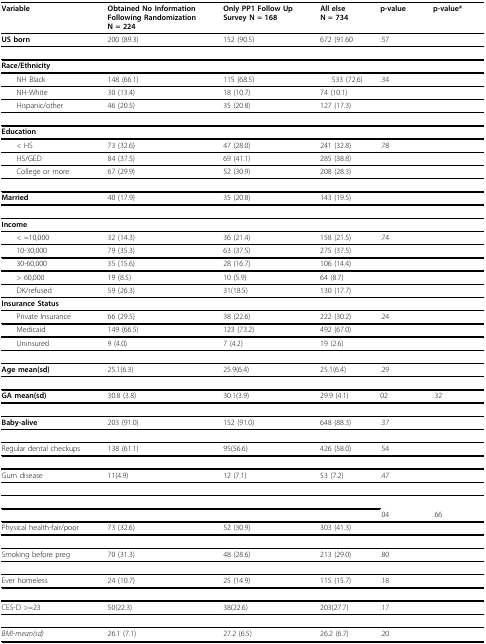
<table><thead><tr><td><b>Variable</b></td><td><b>Obtained No InformationFollowing RandomizationN = 224</b></td><td><b>Only PP1 Follow UpSurvey N = 168</b></td><td><b>All elseN = 734</b></td><td><b>p-value</b></td><td><b>p-value*</b></td></tr></thead><tbody><tr><td><b>US born</b></td><td>200 (89.3)</td><td>152 (90.5)</td><td>672 (91.60</td><td>.57</td><td></td></tr><tr><td><b>Race/Ethnicity</b></td><td></td><td></td><td></td><td></td><td></td></tr><tr><td> NH Black</td><td>148 (66.1)</td><td>115 (68.5)</td><td>533 (72.6)</td><td>.34</td><td></td></tr><tr><td> NH-White</td><td>30 (13.4)</td><td>18 (10.7)</td><td>74 (10.1)</td><td></td><td></td></tr><tr><td> Hispanic/other</td><td>46 (20.5)</td><td>35 (20.8)</td><td>127 (17.3)</td><td></td><td></td></tr><tr><td><b>Education</b></td><td></td><td></td><td></td><td></td><td></td></tr><tr><td> &lt; HS</td><td>73 (32.6)</td><td>47 (28.0)</td><td>241 (32.8)</td><td>.78</td><td></td></tr><tr><td> HS/GED</td><td>84 (37.5)</td><td>69 (41.1)</td><td>285 (38.8)</td><td></td><td></td></tr><tr><td> College or more</td><td>67 (29.9)</td><td>52 (30.9)</td><td>208 (28.3)</td><td></td><td></td></tr><tr><td><b>Married</b></td><td>40 (17.9)</td><td>35 (20.8)</td><td>143 (19.5)</td><td></td><td></td></tr><tr><td><b>Income</b></td><td></td><td></td><td></td><td></td><td></td></tr><tr><td> &lt; =10,000</td><td>32 (14.3)</td><td>36 (21.4)</td><td>158 (21.5)</td><td>.74</td><td></td></tr><tr><td> 10-30,000</td><td>79 (35.3)</td><td>63 (37.5)</td><td>275 (37.5)</td><td></td><td></td></tr><tr><td> 30-60,000</td><td>35 (15.6)</td><td>28 (16.7)</td><td>106 (14.4)</td><td></td><td></td></tr><tr><td> &gt; 60,000</td><td>19 (8.5)</td><td>10 (5.9)</td><td>64 (8.7)</td><td></td><td></td></tr><tr><td> DK/refused</td><td>59 (26.3)</td><td>31(18.5)</td><td>130 (17.7)</td><td></td><td></td></tr><tr><td><b>Insurance Status</b></td><td></td><td></td><td></td><td></td><td></td></tr><tr><td> Private Insurance</td><td>66 (29.5)</td><td>38 (22.6)</td><td>222 (30.2)</td><td>.24</td><td></td></tr><tr><td> Medicaid</td><td>149 (66.5)</td><td>123 (73.2)</td><td>492 (67.0)</td><td></td><td></td></tr><tr><td> Uninsured</td><td>9 (4.0)</td><td>7 (4.2)</td><td>19 (2.6)</td><td></td><td></td></tr><tr><td><b>Age mean(sd)</b></td><td>25.1(6.3)</td><td>25.9(6.4)</td><td>25.1(6.4)</td><td>.29</td><td></td></tr><tr><td><b>GA mean(sd)</b></td><td>30.8 (3.8)</td><td>30.1(3.9)</td><td>29.9 (4.1)</td><td>02</td><td>.32</td></tr><tr><td><b>Baby-alive</b></td><td>203 (91.0)</td><td>152 (91.0)</td><td>648 (88.3)</td><td>.37</td><td></td></tr><tr><td>Regular dental checkups</td><td>138 (61.1)</td><td>95(56.6)</td><td>426 (58.0)</td><td>.54</td><td></td></tr><tr><td>Gum disease</td><td>11(4.9)</td><td>12 (7.1)</td><td>53 (7.2)</td><td>.47</td><td></td></tr><tr><td></td><td></td><td></td><td></td><td>.04</td><td>.66</td></tr><tr><td>Physical health-fair/poor</td><td>73 (32.6)</td><td>52 (30.9)</td><td>303 (41.3)</td><td></td><td></td></tr><tr><td>Smoking before preg</td><td>70 (31.3)</td><td>48 (28.6)</td><td>213 (29.0)</td><td>.80</td><td></td></tr><tr><td>Ever homeless</td><td>24 (10.7)</td><td>25 (14.9)</td><td>115 (15.7)</td><td>.18</td><td></td></tr><tr><td>CES-D &gt;=23</td><td>50(22.3)</td><td>38(22.6)</td><td>203(27.7)</td><td>.17</td><td></td></tr><tr><td><i>BMI-mean(sd)</i></td><td>26.1 (7.1)</td><td>27.2 (6.5)</td><td>26.2 (6.7)</td><td>.20</td><td></td></tr></tbody></table>